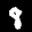
Label: 8